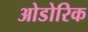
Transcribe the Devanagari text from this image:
ओडोरिक